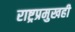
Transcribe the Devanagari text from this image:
राष्ट्रप्रमुखही